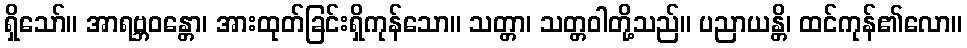
ရှိသော်။ အာရဗ္ဘဝန္တော၊ အားထုတ်ခြင်းရှိကုန်သော။ သတ္တာ၊ သတ္တဝါတို့သည်။ ပညာယန္တိ၊ ထင်ကုန်၏လော။